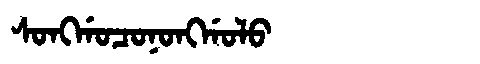
Manchu: ᠰᠣᠩᡤᠣᠴᠣᠨᠣᠩᡤᠣᠯᠣ
Romanization: SONGGOCONONGGOLO